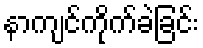
နာကျင်ကိုက်ခဲခြင်း